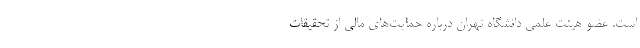
است. عضو هیئت علمی دانشگاه تهران درباره حمایت‌های مالی از تحقیقات